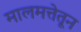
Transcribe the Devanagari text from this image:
मालमत्तेतून